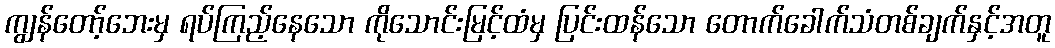
ကျွန်တော့်ဘေးမှ ရပ်ကြည့်နေသော ကိုသောင်းမြင့်ထံမှ ပြင်းထန်သော တောက်ခေါက်သံတစ်ချက်နှင့်အတူ